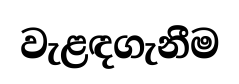
වැළඳගැනීම